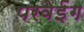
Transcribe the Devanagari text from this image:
परवेईंग